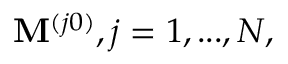
\mathbf { M } ^ { ( j 0 ) } , j = 1 , . . . , N ,